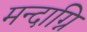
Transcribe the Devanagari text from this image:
मन्दाग्नि